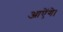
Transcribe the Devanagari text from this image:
आऐंगे।